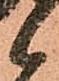
候